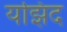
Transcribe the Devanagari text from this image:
यझिद